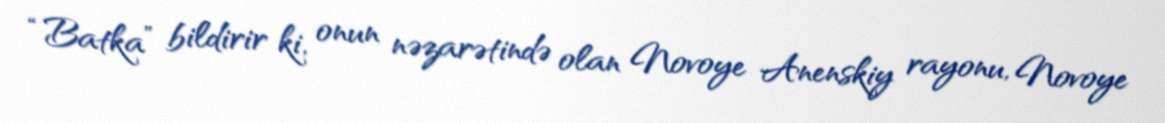
“Batka” bildirir ki, onun nəzarətində olan Novoye Anenskiy rayonu, Novoye